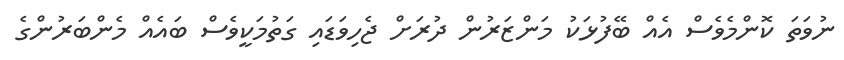
ނުވަތަ ކޮންމެވެސް އެއް ބޭފުޅަކު މަންޒަރުން ދުރަށް ޖެހިވަޑައި ގަތުމަކީވެސް ބައެއް މެންބަރުންގެ